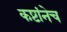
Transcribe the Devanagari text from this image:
कष्टांनेच